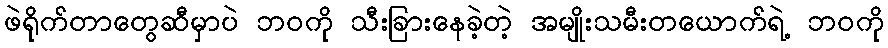
ဖဲရိုက်တာတွေဆီမှာပဲ ဘဝကို သီးခြားနေခဲ့တဲ့ အမျိုးသမီးတယောက်ရဲ့ ဘဝကို